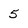
Character: 5